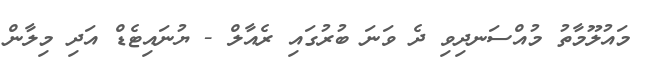
މައުލޫމާތު މުއްސަނދިވި ދެ ވަނަ ބުރުގައި ރެއާލް - ޔުނައިޓެޑް އަދި މިލާން